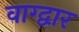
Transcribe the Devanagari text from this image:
वाग्द्वार